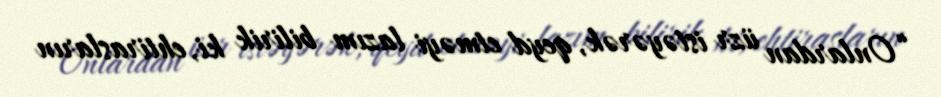
“Onlardan üzr istəyərək, qeyd etməyi lazım bilirik ki, ehtirasların